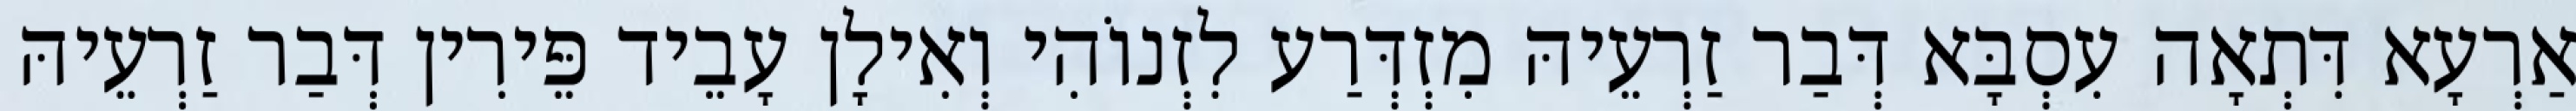
אַרְעָא דִּתְאָה עִסְבָּא דְּבַר זַרְעֵיהּ מִזְדְּרַע לִזְנוֹהִי וְאִילָן עָבֵיד פֵּירִין דְּבַר זַרְעֵיהּ